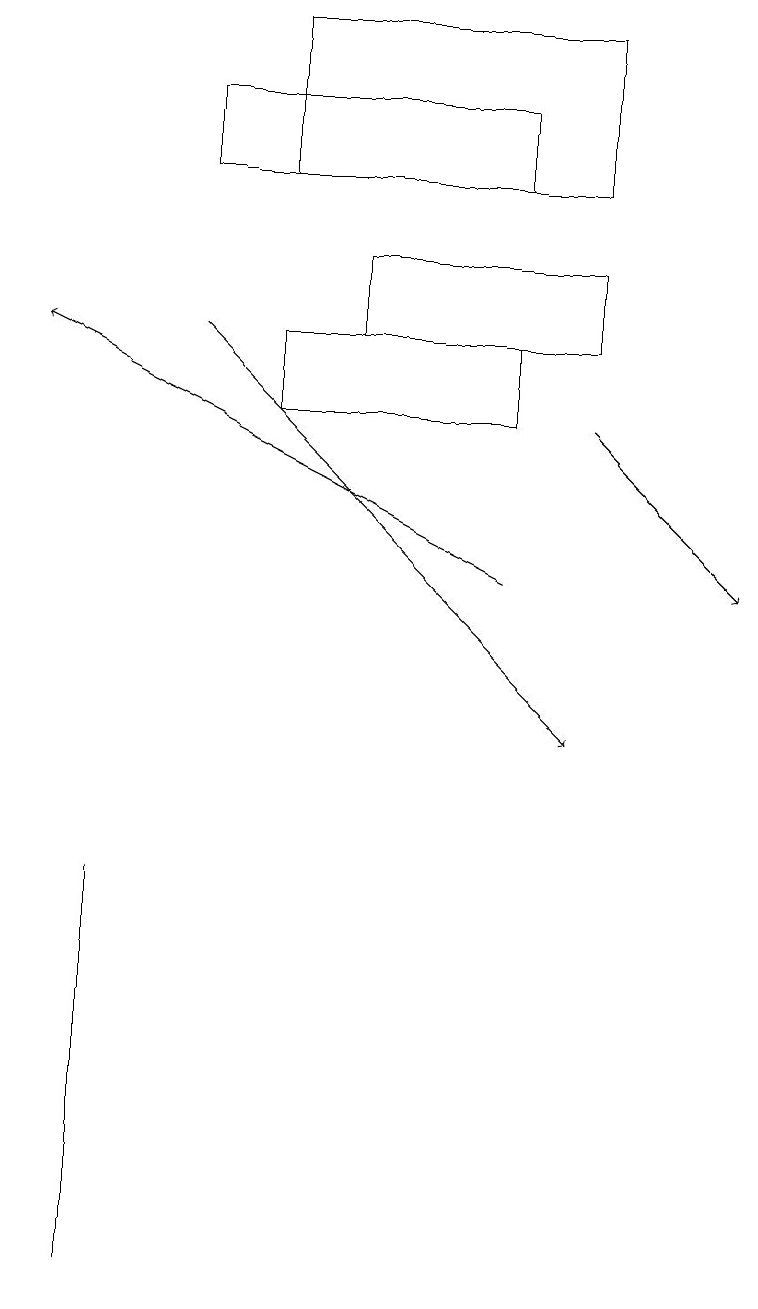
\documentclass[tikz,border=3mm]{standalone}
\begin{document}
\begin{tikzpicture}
\draw (1,8) -- (1,7) -- (1,3) -- cycle;
\draw[->] (7,14) -- (9,12);
\draw (4,16) rectangle (7,15);
\draw (3,19) rectangle (7,17);
\draw[->] (2,15) -- (7,10);
\draw (6,18) rectangle (2,17);
\draw (3,14) rectangle (6,15);
\draw[->] (6,12) -- (0,15);
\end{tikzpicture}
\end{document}